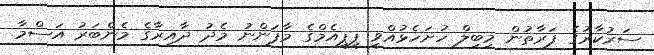
ސަރުކާރުގެ ފަރާތުން މިބިލް ހުށަހެޅުއްވީ ޕީޕީއެމްގެ މާފަންނު މެދު ދާއިރާގެ މެންބަރު އަސްމާ